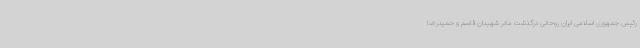
رئیس جمهوری اسلامی ایران روحانی درگذشت مادر شهیدان قاسم و حمیدرضا